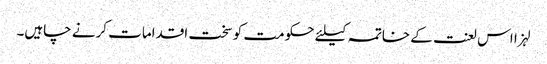
لہزا اس لعنت کے خاتمہ کیلئے حکومت کو سخت اقدامات کرنے چاہیں۔